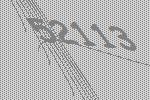
52113